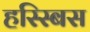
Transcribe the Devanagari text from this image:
हस्स्बिस